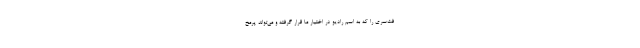
فت‌سری را که به اسم رادیو در اختیار ما قرار گرفته و می‌تواند پرمخ